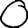
Digit: 0